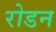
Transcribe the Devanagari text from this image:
रोडन